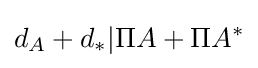
d_{A}+d_{*}|\Pi A+\Pi A^{*}